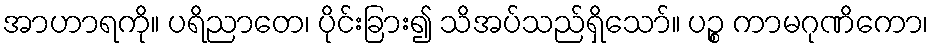
အာဟာရကို။ ပရိညာတေ၊ ပိုင်းခြား၍ သိအပ်သည်ရှိသော်။ ပဉ္စ ကာမဂုဏိကော၊